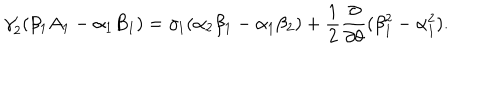
\gamma _ { 2 } ^ { \prime } ( \beta _ { 1 } A _ { 1 } - \alpha _ { 1 } B _ { 1 } ) = \gamma _ { 1 } ( \alpha _ { 2 } \beta _ { 1 } - \alpha _ { 1 } \beta _ { 2 } ) + \frac { 1 } { 2 } \frac { \partial } { \partial \theta } ( \beta _ { 1 } ^ { 2 } - \alpha _ { 1 } ^ { 2 } ) .